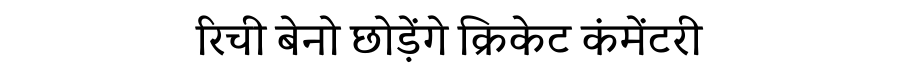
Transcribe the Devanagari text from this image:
रिची बेनो छोड़ेंगे क्रिकेट कंमेंटरी